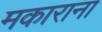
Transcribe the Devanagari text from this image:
मकाराना